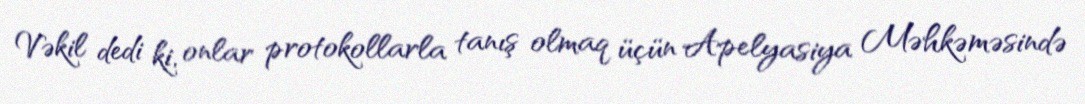
Vəkil dedi ki, onlar protokollarla tanış olmaq üçün Apelyasiya Məhkəməsində